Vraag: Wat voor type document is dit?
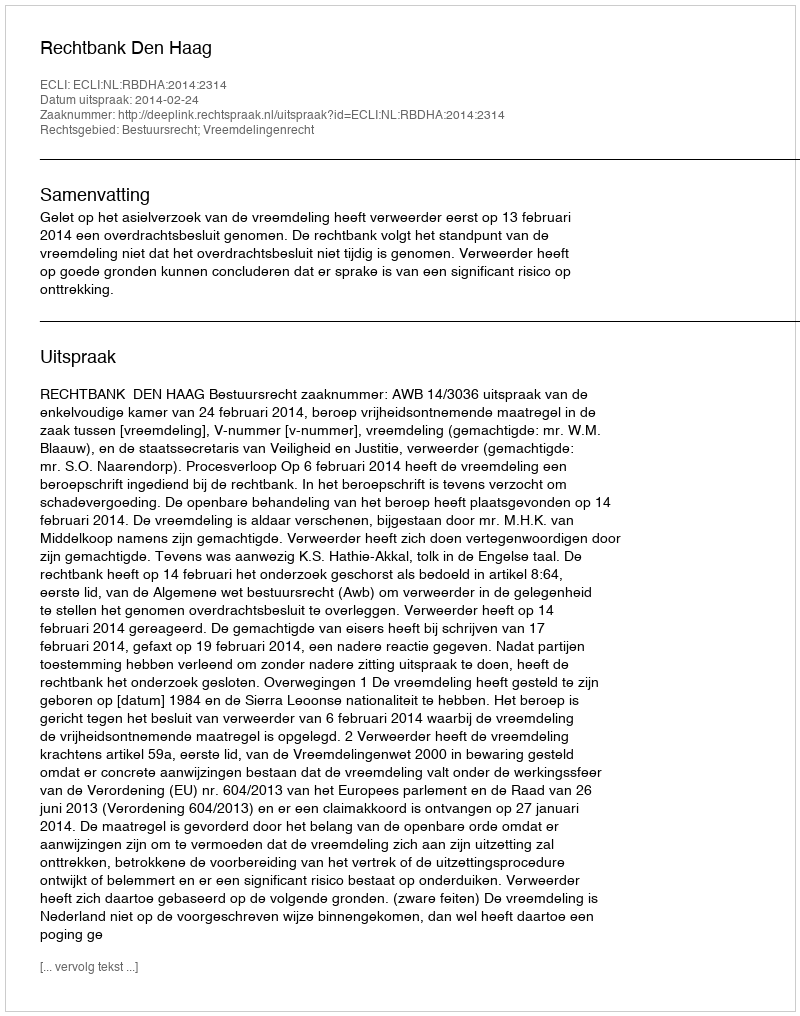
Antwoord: Uitspraak